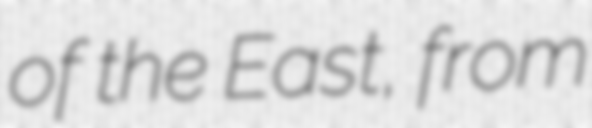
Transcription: of the East, from